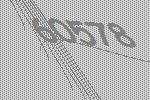
60578